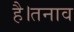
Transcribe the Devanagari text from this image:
है।तनाव